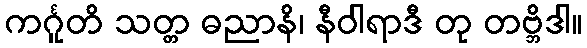
ကင်္ဂူတိ သတ္တ ဓညာနိ၊ နီဝါရာဒီ တု တဗ္ဘိဒါ။